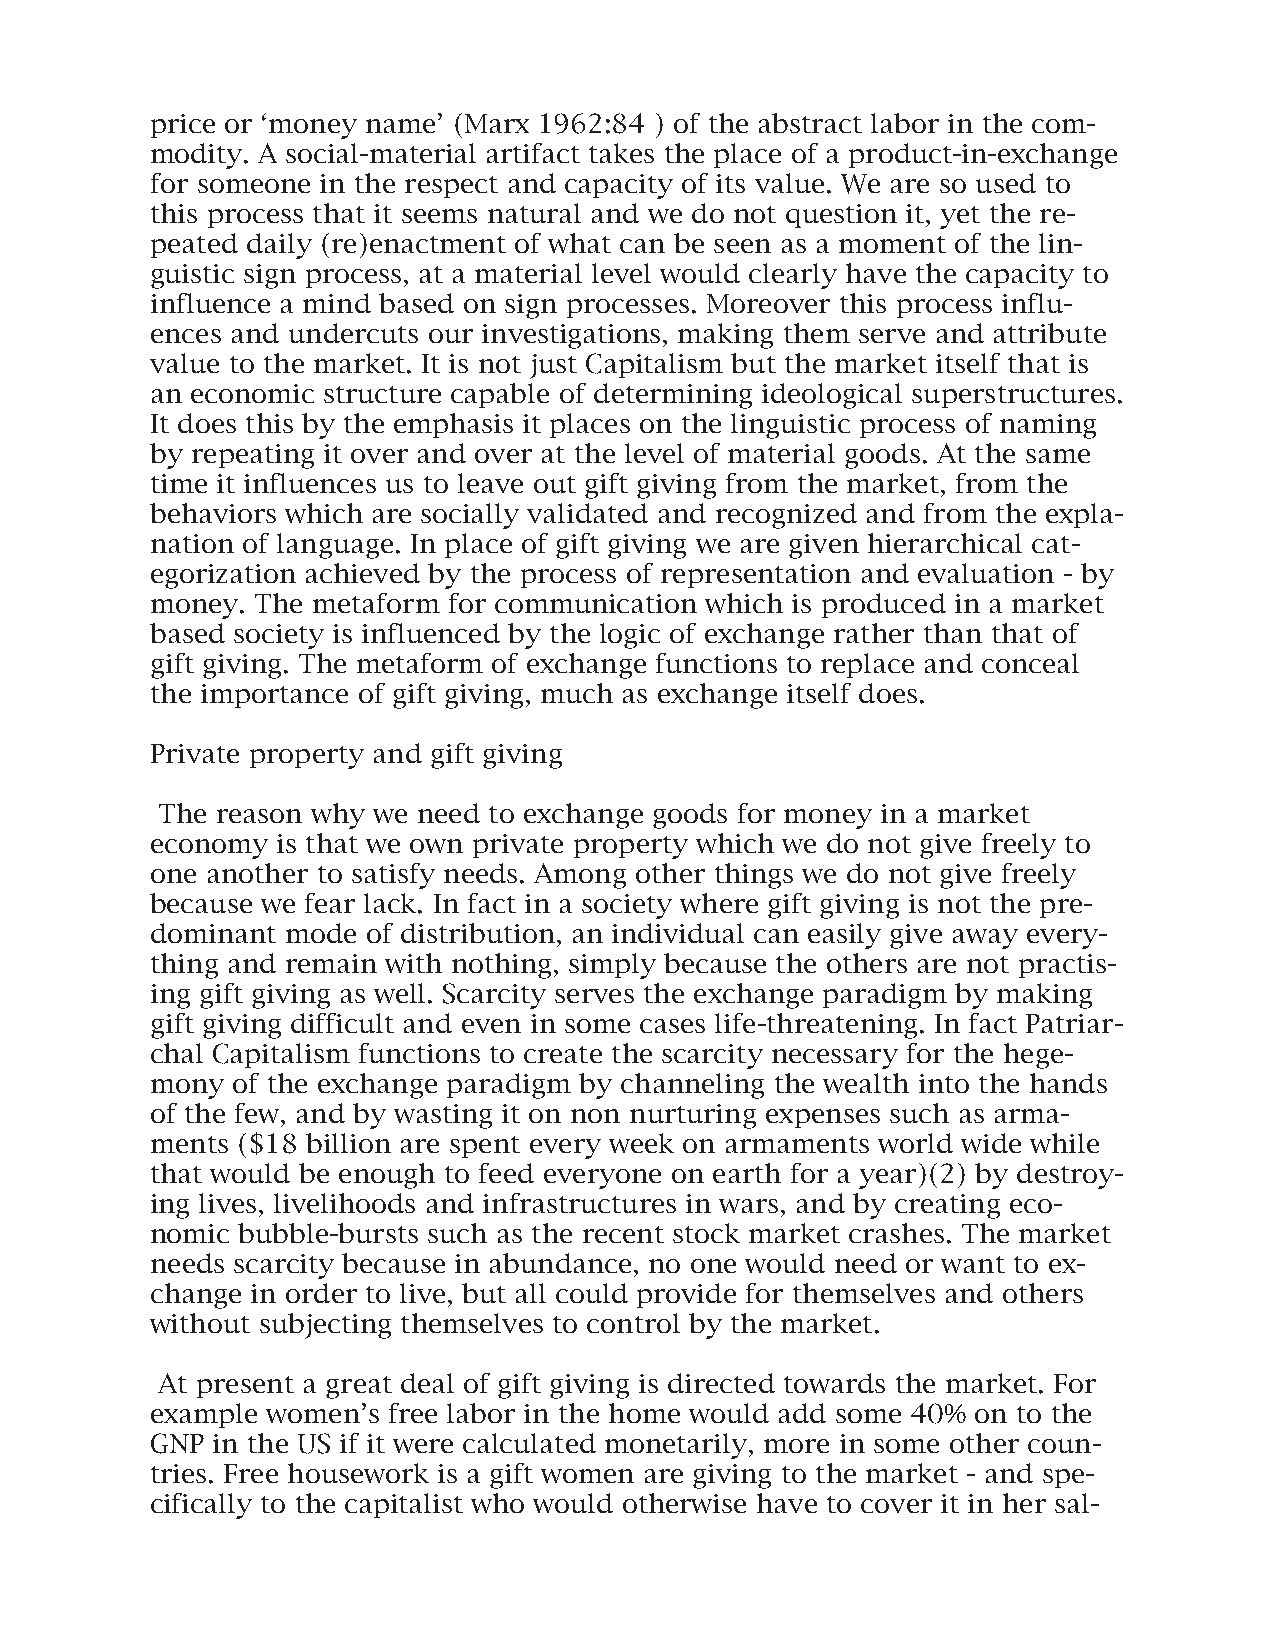
price or ‘money name’ (Marx 1962:84 ) of the abstract labor in the com-
 modity. A social-material artifact takes the place of a product-in-exchange
 for someone in the respect and capacity of its value. We are so used to
 this process that it seems natural and we do not question it, yet the re-
 peated daily (re)enactment of what can be seen as a moment of the lin-
 guistic sign process, at a material level would clearly have the capacity to
 influence a mind based on sign processes. Moreover this process influ-
 ences and undercuts our investigations, making them serve and attribute
 value to the market. It is not just Capitalism but the market itself that is
 an economic structure capable of determining ideological superstructures.
 It does this by the emphasis it places on the linguistic process of naming
 by repeating it over and over at the level of material goods. At the same
 time it influences us to leave out gift giving from the market, from the
 behaviors which are socially validated and recognized and from the expla-
 nation of language. In place of gift giving we are given hierarchical cat-
 egorization achieved by the process of representation and evaluation - by
 money. The metaform for communication which is produced in a market
 based society is influenced by the logic of exchange rather than that of
 gift giving. The metaform of exchange functions to replace and conceal
 the importance of gift giving, much as exchange itself does.
 Private property and gift giving
 The reason why we need to exchange goods for money in a market
 economy is that we own private property which we do not give freely to
 one another to satisfy needs. Among other things we do not give freely
 because we fear lack. In fact in a society where gift giving is not the pre-
 dominant mode of distribution, an individual can easily give away every-
 thing and remain with nothing, simply because the others are not practis-
 ing gift giving as well. Scarcity serves the exchange paradigm by making
 gift giving difficult and even in some cases life-threatening. In fact Patriar-
 chal Capitalism functions to create the scarcity necessary for the hege-
 mony of the exchange paradigm by channeling the wealth into the hands
 of the few, and by wasting it on non nurturing expenses such as arma-
 ments ($18 billion are spent every week on armaments world wide while
 that would be enough to feed everyone on earth for a year)(2) by destroy-
 ing lives, livelihoods and infrastructures in wars, and by creating eco-
 nomic bubble-bursts such as the recent stock market crashes. The market
 needs scarcity because in abundance, no one would need or want to ex-
 change in order to live, but all could provide for themselves and others
 without subjecting themselves to control by the market.
 At present a great deal of gift giving is directed towards the market. For
 example women’s free labor in the home would add some 40% on to the
 GNP in the US if it were calculated monetarily, more in some other coun-
 tries. Free housework is a gift women are giving to the market - and spe-
 cifically to the capitalist who would otherwise have to cover it in her sal-